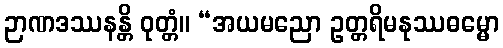
ဉာဏဒဿနန္တိ ဝုတ္တံ။ “အယမညော ဥတ္တရိမနုဿဓမ္မော